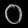
Digit: ၀